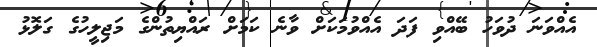
އެއްވަނަ ދުވަހު ބޭއްވި ފަދަ އެއްވުމަކަށް ވާނެ ކަމަށް ރައްޔިތުންގެ މަޖިލީހުގެ ގަލޮޅު